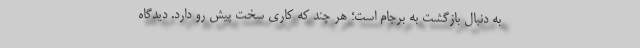
به دنبال بازگشت به برجام است؛ هر چند که کاری سخت پیش رو دارد. دیدگاه